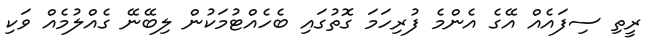
ރީތި ސިފައެއް އޭގެ އެންމެ ފުރިހަމަ ގޮތުގައި ބެހެއްޓުމަކުން ލިބޭނޭ ގެއްލުމެއް ވަކި